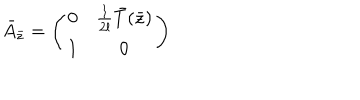
\bar { A } _ { \bar { z } } = \left( \begin{array} { c c } { { 0 } } & { { { \frac { 1 } { 2 l } } \bar { T } ( \bar { z } ) } } \\ { { 1 } } & { { 0 } } \\ \end{array} \right)